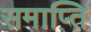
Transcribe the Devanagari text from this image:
समाप्‍ति